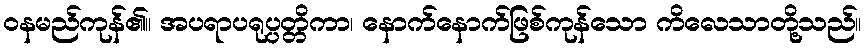
ဝနမည်ကုန်၏။ အပရာပရုပ္ပတ္တိကာ၊ နောက်နောက်ဖြစ်ကုန်သော ကိလေသာတို့သည်။